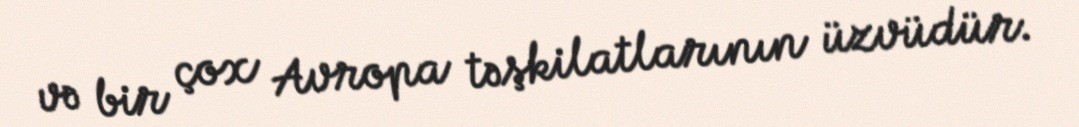
və bir çox Avropa təşkilatlarının üzvüdür.